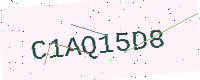
Text: C1AQ15D8